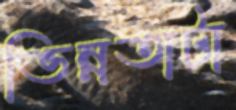
ভিন্নতাটা